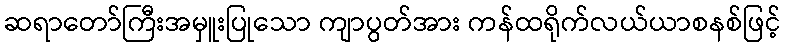
ဆရာတော်ကြီးအမှူးပြုသော ကျာပွတ်အား ကန်ထရိုက်လယ်ယာစနစ်ဖြင့်